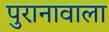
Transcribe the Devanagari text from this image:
पुरानावाला